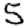
Digit: 5